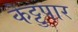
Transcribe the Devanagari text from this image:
केट्टुपार